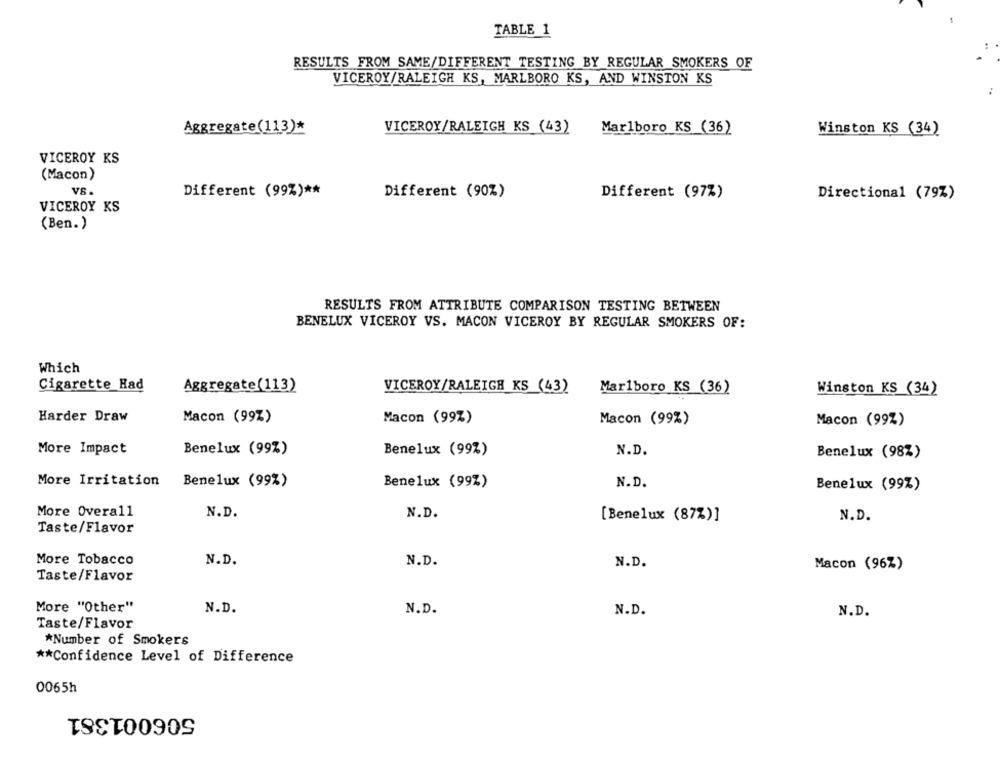
TABLE 1
RESULTS FROM SAME/DIFFERENT TESTING BY REGULAR SMOKERS OF
VICEROY/RALEIGH KS, MARLBORO KS, AND WINSTON KS
Aggregate(113)*
VICEROY/RALEIGH KS (43)
Marlboro KS (36)
Winston KS (34)
VICEROY KS
(Macon)
VS.
Different (99%) **
Different (90%)
Different (97%)
Directional (79%)
VICEROY KS
(Ben.)
RESULTS FROM ATTRIBUTE COMPARISON TESTING BETWEEN
BENELUX VICEROY VS. MACON VICEROY BY REGULAR SMOKERS OF:
Which
Cigarette Had
Aggregate(113)
VICEROY/RALEIGH KS (43)
Marlboro KS (36)
Winston KS (34)
Harder Draw
Macon (99%)
Macon (99%)
Macon (99%)
Macon (99%)
Benelux (99%)
N.D.
More Impact
Benelux (99%)
Benelux (98%)
More Irritation
Benelux (99%)
Benelux (99%)
N.D.
Benelux (99%)
More Overall
N.D.
N.D.
[Benelux (87%)]
N.D.
Taste/Flavor
More Tobacco
N.D.
N.D.
N.D.
Macon (96%)
Taste/Flavor
More "Other"
N.D.
N.D.
N.D.
N.D.
Taste/Flavor
*Number of Smokers
** Confidence Level of Difference
0065h
506001381